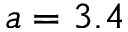
a = 3 . 4